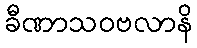
ခီဏာသဝဗလာနိ